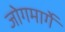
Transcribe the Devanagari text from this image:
जोगमार्गे